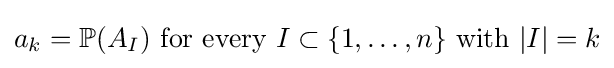
a_{k}=\mathbb {P} (A_{I}){\text{ for every }}I\subset \{1,\ldots ,n\}{\text{ with }}|I|=k